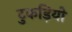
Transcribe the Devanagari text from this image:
टुकड़ियो